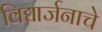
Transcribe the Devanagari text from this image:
विद्यार्जनाचे